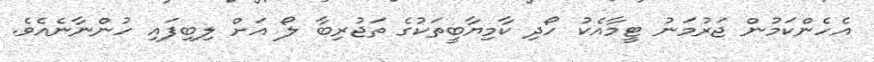
އެހެންކަމުން ޖަރުމަނު ޓީމާއެކު ހޯދި ކާމިޔާބީތަކުގެ ތަޖުރިބާ ލޯ އަށް ލިބިފައި ހުންނާނެއެވެ.